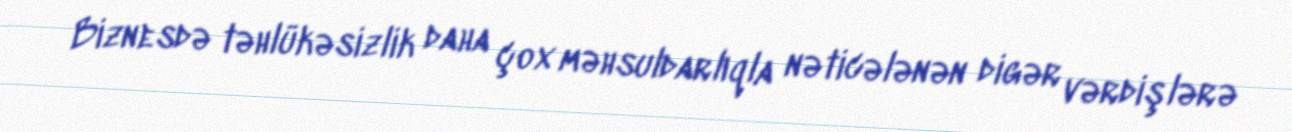
Biznesdə təhlükəsizlik daha çox məhsuldarlıqla nəticələnən digər vərdişlərə